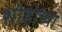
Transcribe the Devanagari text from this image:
शोहोच्या